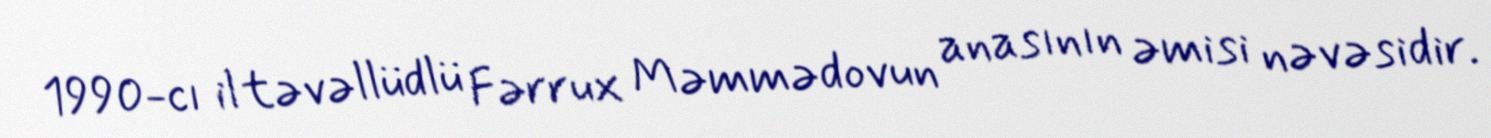
1990-cı il təvəllüdlü Fərrux Məmmədovun anasının əmisi nəvəsidir.